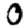
Digit: 0